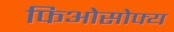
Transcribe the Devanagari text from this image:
फिओसोफ्य